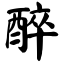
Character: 醉